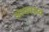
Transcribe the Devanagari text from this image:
आधवराव